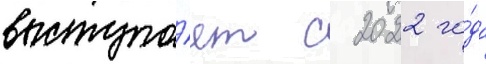
выступа́ет с 2022 го́да